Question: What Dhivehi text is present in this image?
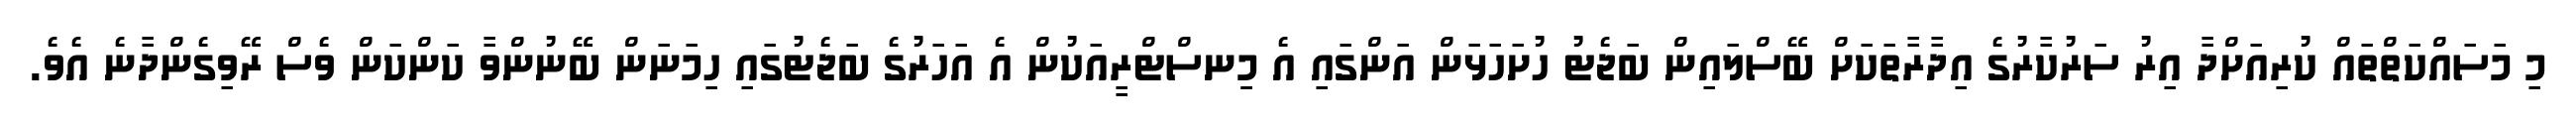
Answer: މި މަސައްކަތްތައް ކުރިއަށްދާ އިރު ސަރުކާރުގެ އިދާރާތަކަށް ބޭސްލައިން ބަޖެޓު ހުށަހަޅަން އަންގައި އެ މިިނސްޓްރީއަކުން އެ އަހަރުގެ ބަޖެޓުގައި ހިމަނަން ބޭނުންވާ ކަންކަން ވެސް ރޭވިގެންދާނެ އެވެ.